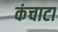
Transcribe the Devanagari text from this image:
कंचाटा